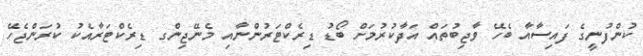
ކުންފުނީގެ ފައިސާއާ ބެހޭ ވާޖިބުތައް އަދާކުރުމަށް ބޯޑު ޑިރެކްޓަރުންނާއި މެނޭޖިންގ ޑިރެކްޓަރާއެކު ކުރަންޖެހޭ